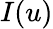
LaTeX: I(u)